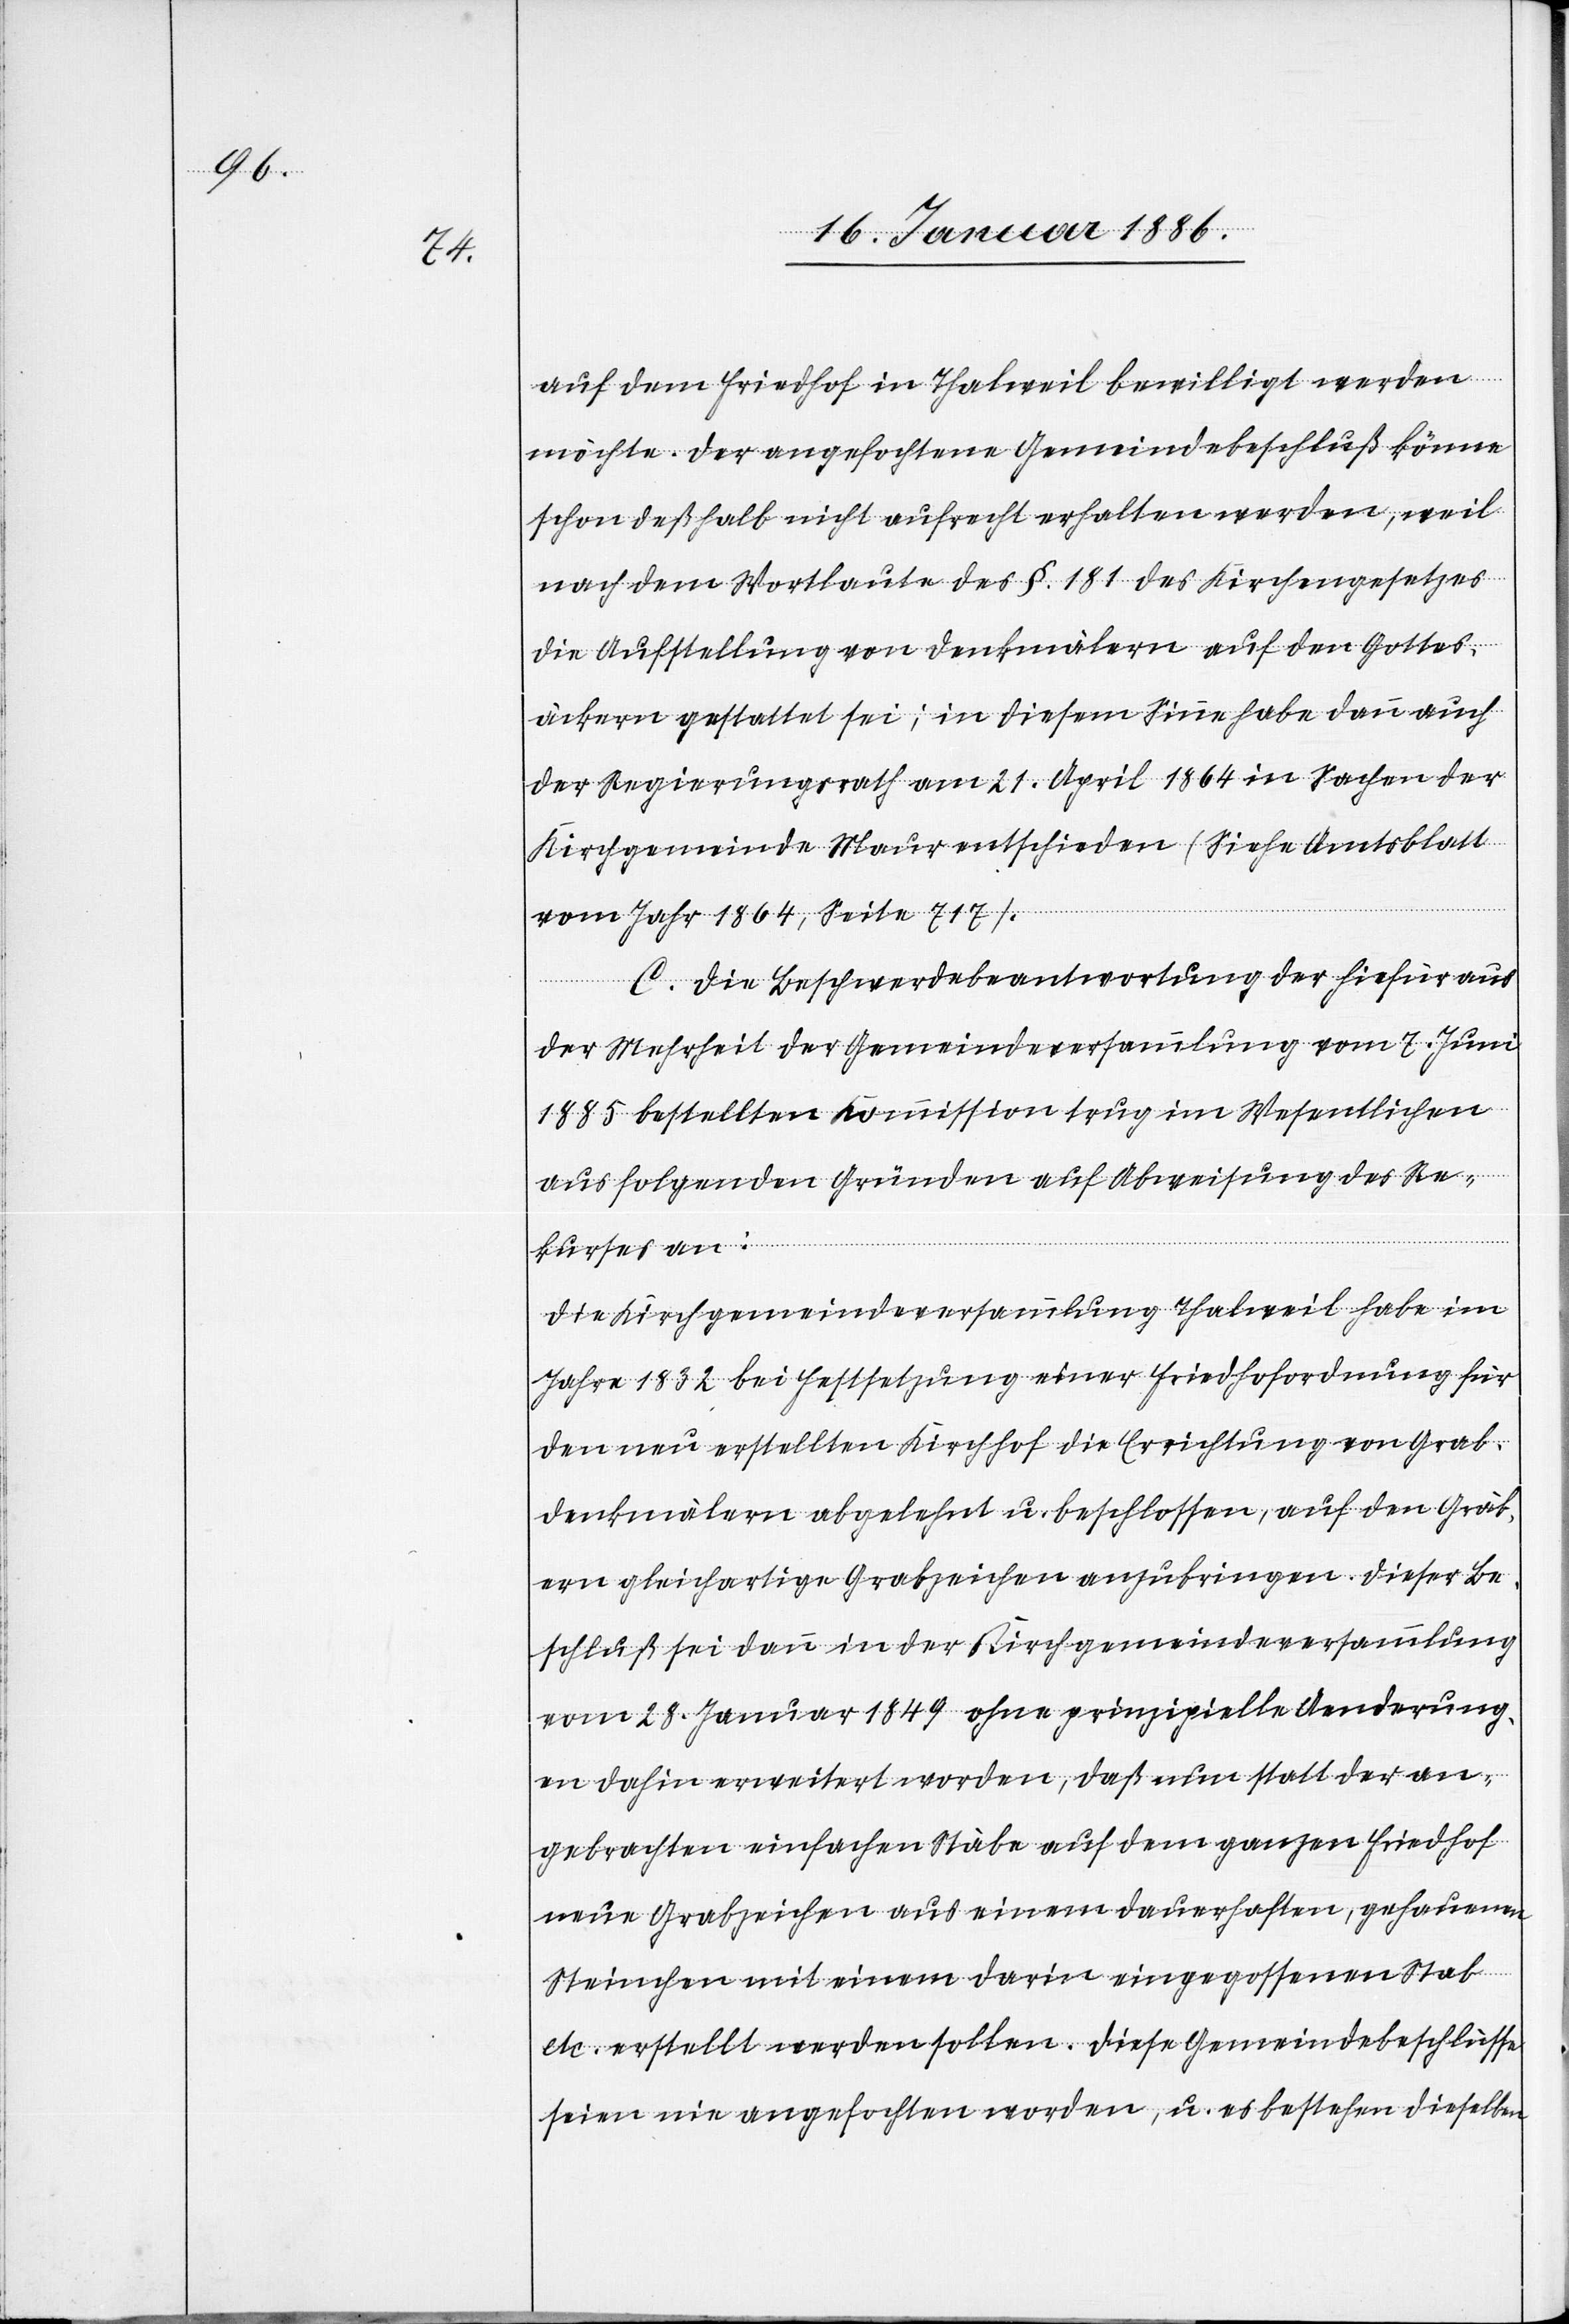
auf dem Friedhof in Thalweil bewilligt werden
möchten. Der angefochtene Gemeindebeschluß könne
schon deßhalb nicht aufrecht erhalten werden, weil
nach dem Wortlaute des §. 181 des Kirchgesetzes
die Aufstellung von Denkmälern auf den Gottes¬
äckern gestattet sei; in diesem Sinne habe dann auch
der Regierungsrath am 21. April 1864 in Sache der
Kirchgemeinde Maur entschieden (Siehe Amtsblatt
vom Jahr 1864, Seite 717).
C. Die Beschwerdebeantwortung der hiefür aus
der Mehrheit der Gemeindeversammlung vom 7. Juni
1885 bestellte Kommission trug im Wesentlichen
auf folgenden Gründen auf Abweisung des Re¬
kurses an:
Die Kirchgemeindeversammlung Thalweil habe im
Jahre 1832 bei Festsetzung einer Friedhofordnung für
den neu erstellten Kirchhof die Errichtung von Grab¬
denkmälern abgelehnt u. beschlossen, auf den Gräb¬
ern gleichartige Grabzeichen anzubringen. Dieser Be¬
schluß sei dann in der Kirchgemeindeversammlung
vom 28. Januar 1849 ohne prinzipielle Aenderung¬
en dahin erweitert worden, daß nun statt der an¬
gebrachten einfachen Stäbe auf dem ganzen Friedhof
neue Grabzeichen aus einem dauerhaften, gehauenen
Steinzeichen mit einem darin eingegossenen Stab
etc. erstellt werden sollen. Diese Gemeindebeschlüsse
seien nie angefochten worden, u. es bestehen dieselben